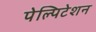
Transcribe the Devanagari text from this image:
पेल्पिटेशन